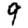
Digit: 9